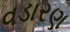
વડારણ